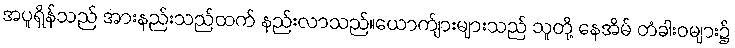
အပူရှိန်သည် အားနည်းသည်ထက် နည်းလာသည်။ယောက်ျားများသည် သူတို့ နေအိမ် တံခါးဝများ၌